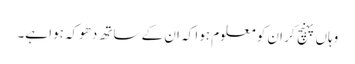
وہاں پہنچ کر ان کو معلوم ہوا کہ ان کے ساتھ دھوکہ ہوا ہے۔